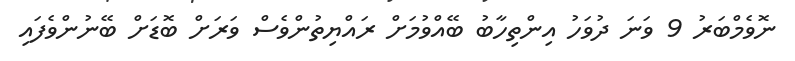
ނޮވެމްބަރު 9 ވަނަ ދުވަހު އިންތިހާބު ބޭއްވުމަށް ރައްޔިތުންވެސް ވަރަށް ބޮޑަށް ބޭނުންވެފައި